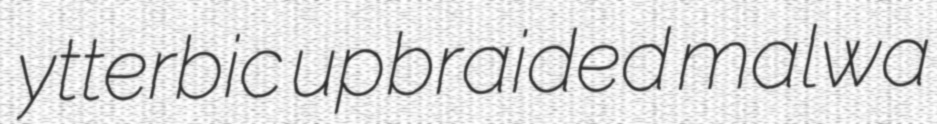
ytterbic upbraided malwa